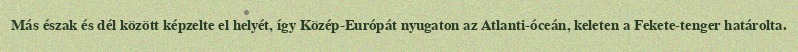
Más észak és dél között képzelte el helyét, így Közép-Európát nyugaton az Atlanti-óceán, keleten a Fekete-tenger határolta.